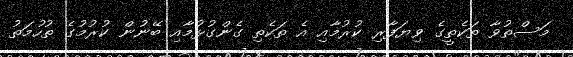
މަސްތުވާ ތަކެތީގެ ވިޔަފާރި ކުރުމާއި އެ ތަކެތި ގެންގުޅުމާއި ބޭނުން ކުރުމުގެ ތުހުމަތު